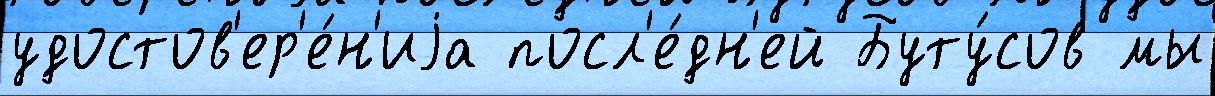
удостов'ер'е́н'иjа посл'е́дн'ей Буту́сов мы